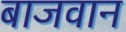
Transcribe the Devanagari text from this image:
बाजवान